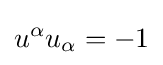
u^{\alpha }u_{\alpha }=-1